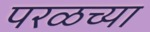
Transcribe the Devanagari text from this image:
परळच्या